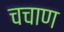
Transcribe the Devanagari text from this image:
चचाण